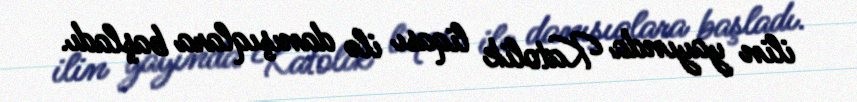
ilin yayında Katolik liqası ilə danışıqlara başladı.